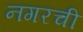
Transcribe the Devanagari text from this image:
नगरची